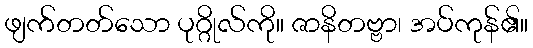
ဖျက်တတ်သော ပုဂ္ဂိုလ်ကို။ ဇာနိတဗ္ဗာ၊ အပ်ကုန်၏။